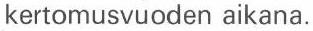
kertomusvuoden aikana.